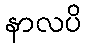
နာလပိ